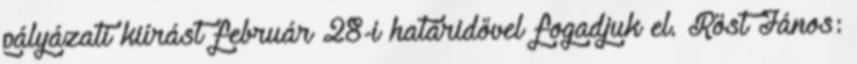
pályázati kiírást február 28-i határidővel fogadjuk el. Röst János: